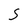
Character: 5